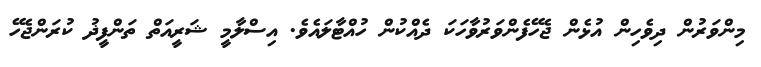
މިންވަރުން ދިވެހިން އުޅެން ޖެހޭފެންވަރުވާހަކަ ދެއްކުން ހުއްޓާލައެވެ. އިސްލާމީ ޝަރީއަތް ތަންފީޛު ކުރަންޖެހޭ